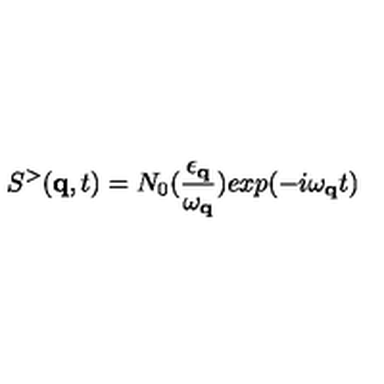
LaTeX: S ^ { > } ( { \bf { q } } , t ) = N _ { 0 } ( \frac { \epsilon _ { { \bf { q } } } } { \omega _ { { \bf { q } } } } ) \mathrm { } e x p ( - i \mathrm { } \omega _ { { \bf { q } } } t )